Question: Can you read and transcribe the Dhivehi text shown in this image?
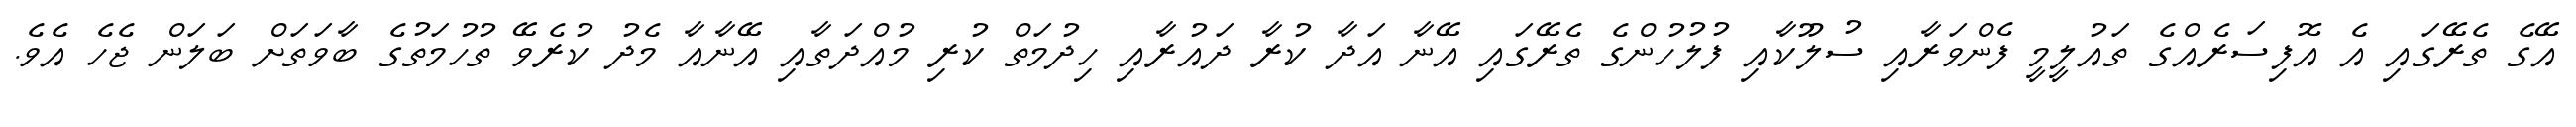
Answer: އޭގެ ތެރޭގައި އެ އޮފިސަރެއްގެ ތައުލީމީ ފެންވަރާއި ސުލޫކާއި ފުލުހުންގެ ތެރޭގައި އޭނާ އަދާ ކުރާ ދައުރާއި ހިދުމަތް ކުރި މުއްދަތާއި އޭނާއާ މެދު ކުރެވޭ ތުހުމަތުގެ ބާވަތަށް ބަލަން ޖެހެ އެވެ.